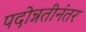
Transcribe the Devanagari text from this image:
पदोन्नतीनंतर